Scottish Certificate of Education, 1962
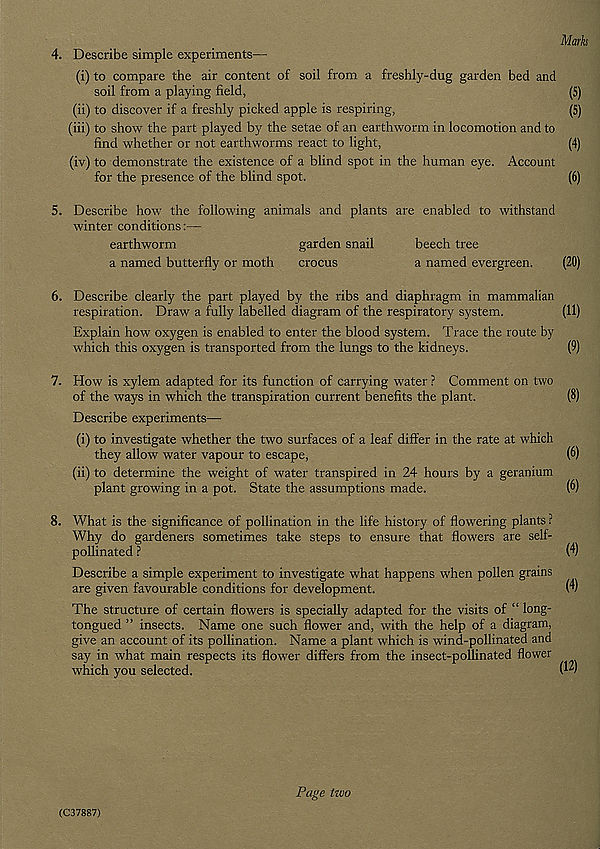
Marks
4. Describe simple experiments—
(i) to compare the air content of soil from a freshly-dug garden bed and
soil from a playing field,
(5)
(ii) to discover if a freshly picked apple is respiring,
(5)
(iii) to show the part played by the setae of an earthworm in locomotion and to
find whether or not earthworms react to light,
(4)
(iv) to demonstrate the existence of a blind spot in the human eye. Account
for the presence of the blind spot.
(6)
5. Describe how the following animals and plants are enabled to withstand
winter conditions:—
earthworm
garden snail
beech tree
a named butterfly or moth
crocus
a named evergreen.
(20)
6. Describe clearly the part played by the ribs and diaphragm in mammalian
respiration. Draw a fully labelled diagram of the respiratory system.
(11)
Explain how oxygen is enabled to enter the blood system. Trace the route by
which this oxygen is transported from the lungs to the kidneys.
(9)
7. How is xylem adapted for its function of carrying water ? Comment on two
of the ways in which the transpiration current benefits the plant.
(8)
Describe experiments—
(i) to investigate whether the two surfaces of a leaf differ in the rate at which
they allow water vapour to escape,
(6)
(ii) to determine the weight of water transpired in 24 hours by a geranium
plant growing in a pot. State the assumptions made.
(6)
8. What is the significance of pollination in the life history of flowering plants ?
Why do gardeners sometimes take steps to ensure that flowers are self-
pollinated ?
(4)
Describe a simple experiment to investigate what happens when pollen grains
are given favourable conditions for development.
0)
The structure of certain flowers is specially adapted for the visits of “ long-
tongued ” insects. Name one such flower and, with the help of a diagram,
give an account of its pollination. Name a plant which is wind-pollinated and
say in what main respects its flower differs from the insect-pollinated flower
which you selected.
(C37887)
Page two